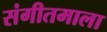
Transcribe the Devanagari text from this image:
संगीतमाला